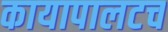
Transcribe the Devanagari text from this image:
कायापालटच